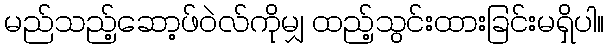
မည်သည့်ဆော့ဖ်ဝဲလ်ကိုမျှ ထည့်သွင်းထားခြင်းမရှိပါ။